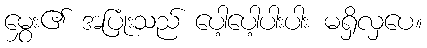
မွှေး၏ အပြုံးသည် ပေါ့ပေါ့ပါးပါး မရှိလှပေ။